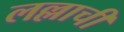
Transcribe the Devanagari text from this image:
लल्लाची